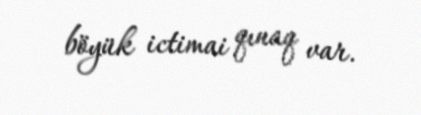
böyük ictimai qınaq var.